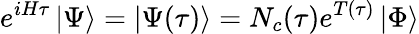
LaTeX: e^{iH\tau}\left|\Psi\right>=\left|\Psi(\tau)\right>=N_{c}(\tau)e^{T(\tau)}\left|\Phi\right>